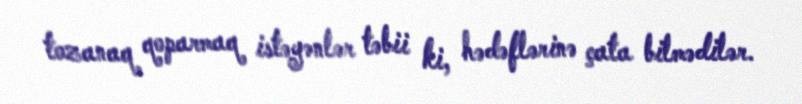
tozanaq qoparmaq istəyənlər təbii ki, hədəflərinə çata bilmədilər.